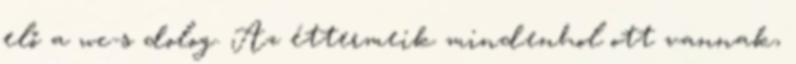
elő a wc-s dolog. Az éttermeik mindenhol ott vannak,